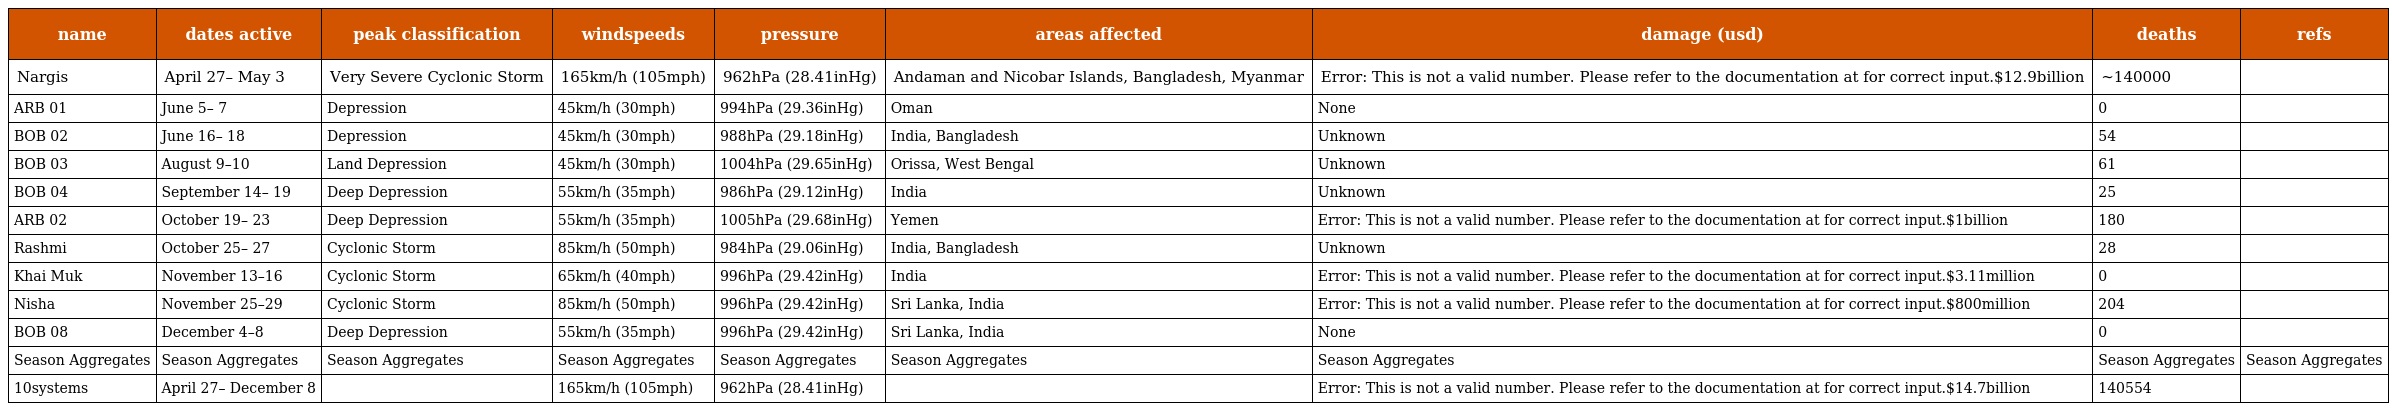
| name | dates active | peak classification | windspeeds | pressure | areas affected | damage (usd) | deaths | refs |
 | --- | --- | --- | --- | --- | --- | --- | --- | --- |
 | Nargis | April 27– May 3 | Very Severe Cyclonic Storm | 165km/h (105mph) | 962hPa (28.41inHg) | Andaman and Nicobar Islands, Bangladesh, Myanmar | Error: This is not a valid number. Please refer to the documentation at for correct input.$12.9billion | ~140000 |  |
 | ARB 01 | June 5– 7 | Depression | 45km/h (30mph) | 994hPa (29.36inHg) | Oman | None | 0 |  |
 | BOB 02 | June 16– 18 | Depression | 45km/h (30mph) | 988hPa (29.18inHg) | India, Bangladesh | Unknown | 54 |  |
 | BOB 03 | August 9–10 | Land Depression | 45km/h (30mph) | 1004hPa (29.65inHg) | Orissa, West Bengal | Unknown | 61 |  |
 | BOB 04 | September 14– 19 | Deep Depression | 55km/h (35mph) | 986hPa (29.12inHg) | India | Unknown | 25 |  |
 | ARB 02 | October 19– 23 | Deep Depression | 55km/h (35mph) | 1005hPa (29.68inHg) | Yemen | Error: This is not a valid number. Please refer to the documentation at for correct input.$1billion | 180 |  |
 | Rashmi | October 25– 27 | Cyclonic Storm | 85km/h (50mph) | 984hPa (29.06inHg) | India, Bangladesh | Unknown | 28 |  |
 | Khai Muk | November 13–16 | Cyclonic Storm | 65km/h (40mph) | 996hPa (29.42inHg) | India | Error: This is not a valid number. Please refer to the documentation at for correct input.$3.11million | 0 |  |
 | Nisha | November 25–29 | Cyclonic Storm | 85km/h (50mph) | 996hPa (29.42inHg) | Sri Lanka, India | Error: This is not a valid number. Please refer to the documentation at for correct input.$800million | 204 |  |
 | BOB 08 | December 4–8 | Deep Depression | 55km/h (35mph) | 996hPa (29.42inHg) | Sri Lanka, India | None | 0 |  |
 | Season Aggregates | Season Aggregates | Season Aggregates | Season Aggregates | Season Aggregates | Season Aggregates | Season Aggregates | Season Aggregates | Season Aggregates |
 | 10systems | April 27– December 8 |  | 165km/h (105mph) | 962hPa (28.41inHg) |  | Error: This is not a valid number. Please refer to the documentation at for correct input.$14.7billion | 140554 |  |